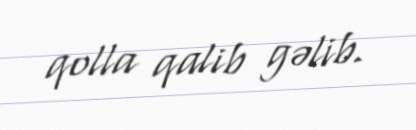
qolla qalib gəlib.